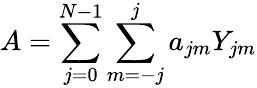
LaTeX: A=\sum_{j=0}^{N-1}\sum_{m=-j}^{j}a_{jm}Y_{jm}